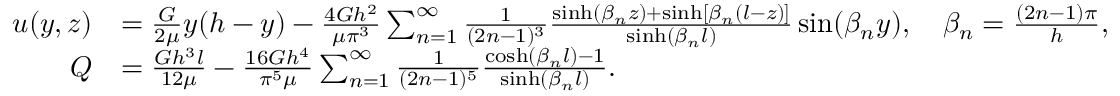
{ \begin{array} { r l } { u ( y , z ) } & { = { \frac { G } { 2 \mu } } y ( h - y ) - { \frac { 4 G h ^ { 2 } } { \mu \pi ^ { 3 } } } \sum _ { n = 1 } ^ { \infty } { \frac { 1 } { ( 2 n - 1 ) ^ { 3 } } } { \frac { \sinh ( \beta _ { n } z ) + \sinh [ \beta _ { n } ( l - z ) ] } { \sinh ( \beta _ { n } l ) } } \sin ( \beta _ { n } y ) , \quad \beta _ { n } = { \frac { ( 2 n - 1 ) \pi } { h } } , } \\ { Q } & { = { \frac { G h ^ { 3 } l } { 1 2 \mu } } - { \frac { 1 6 G h ^ { 4 } } { \pi ^ { 5 } \mu } } \sum _ { n = 1 } ^ { \infty } { \frac { 1 } { ( 2 n - 1 ) ^ { 5 } } } { \frac { \cosh ( \beta _ { n } l ) - 1 } { \sinh ( \beta _ { n } l ) } } . } \end{array} }